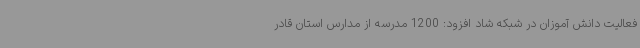
فعالیت دانش آموزان در شبکه شاد افزود: 1200 مدرسه از مدارس استان قادر